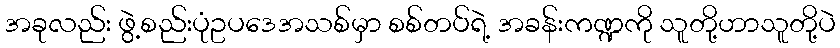
အခုလည်း ဖွဲ့စည်းပုံဥပဒေအသစ်မှာ စစ်တပ်ရဲ့ အခန်းကဏ္ဍကို သူတို့ဟာသူတို့ပဲ